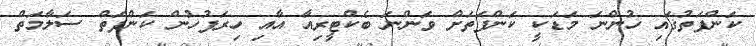
ކަންފަތުގައި ހުންނަ މަޑަކީ ކަންފަތަށް ވަންނަ ބެކްޓީރިއާ އާއި ހިރަފުހުން ކަންފަތް ސަލާމަތް